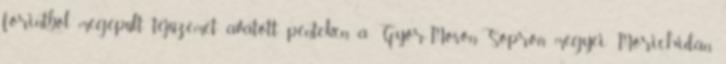
forintból megépült tejüzemet avatott pénteken a Győr-Moson-Sopron megyei Mórichidán